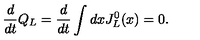
\frac { d } { d t } Q _ { L } = \frac { d } { d t } \int d x J _ { L } ^ { 0 } ( x ) = 0 .